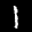
Label: 1